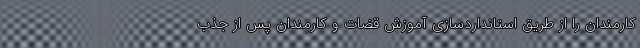
کارمندان را از طریق استانداردسازی آموزش قضات و کارمندان پس از جذب